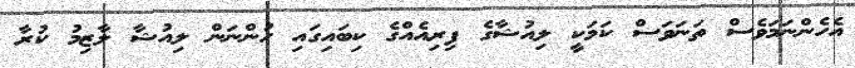
އެހެންނަމަވެސް ތަނަވަސް ކަމަކީ ލިއުޝާގެ ފިރިއެއްގެ ކިބައިގައި ހުންނަން ލިއުޝާ ލާޒިމު ކުރާ